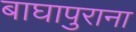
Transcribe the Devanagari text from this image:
बाघापुराना